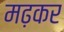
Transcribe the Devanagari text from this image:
मढ़कर